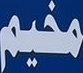
مخیم